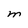
Character: M